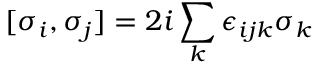
[ { \sigma } _ { i } , { \sigma } _ { j } ] = 2 i \sum _ { k } \epsilon _ { i j k } { \sigma } _ { k }